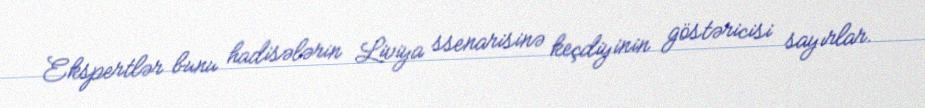
Ekspertlər bunu hadisələrin Liviya ssenarisinə keçdiyinin göstəricisi sayırlar.